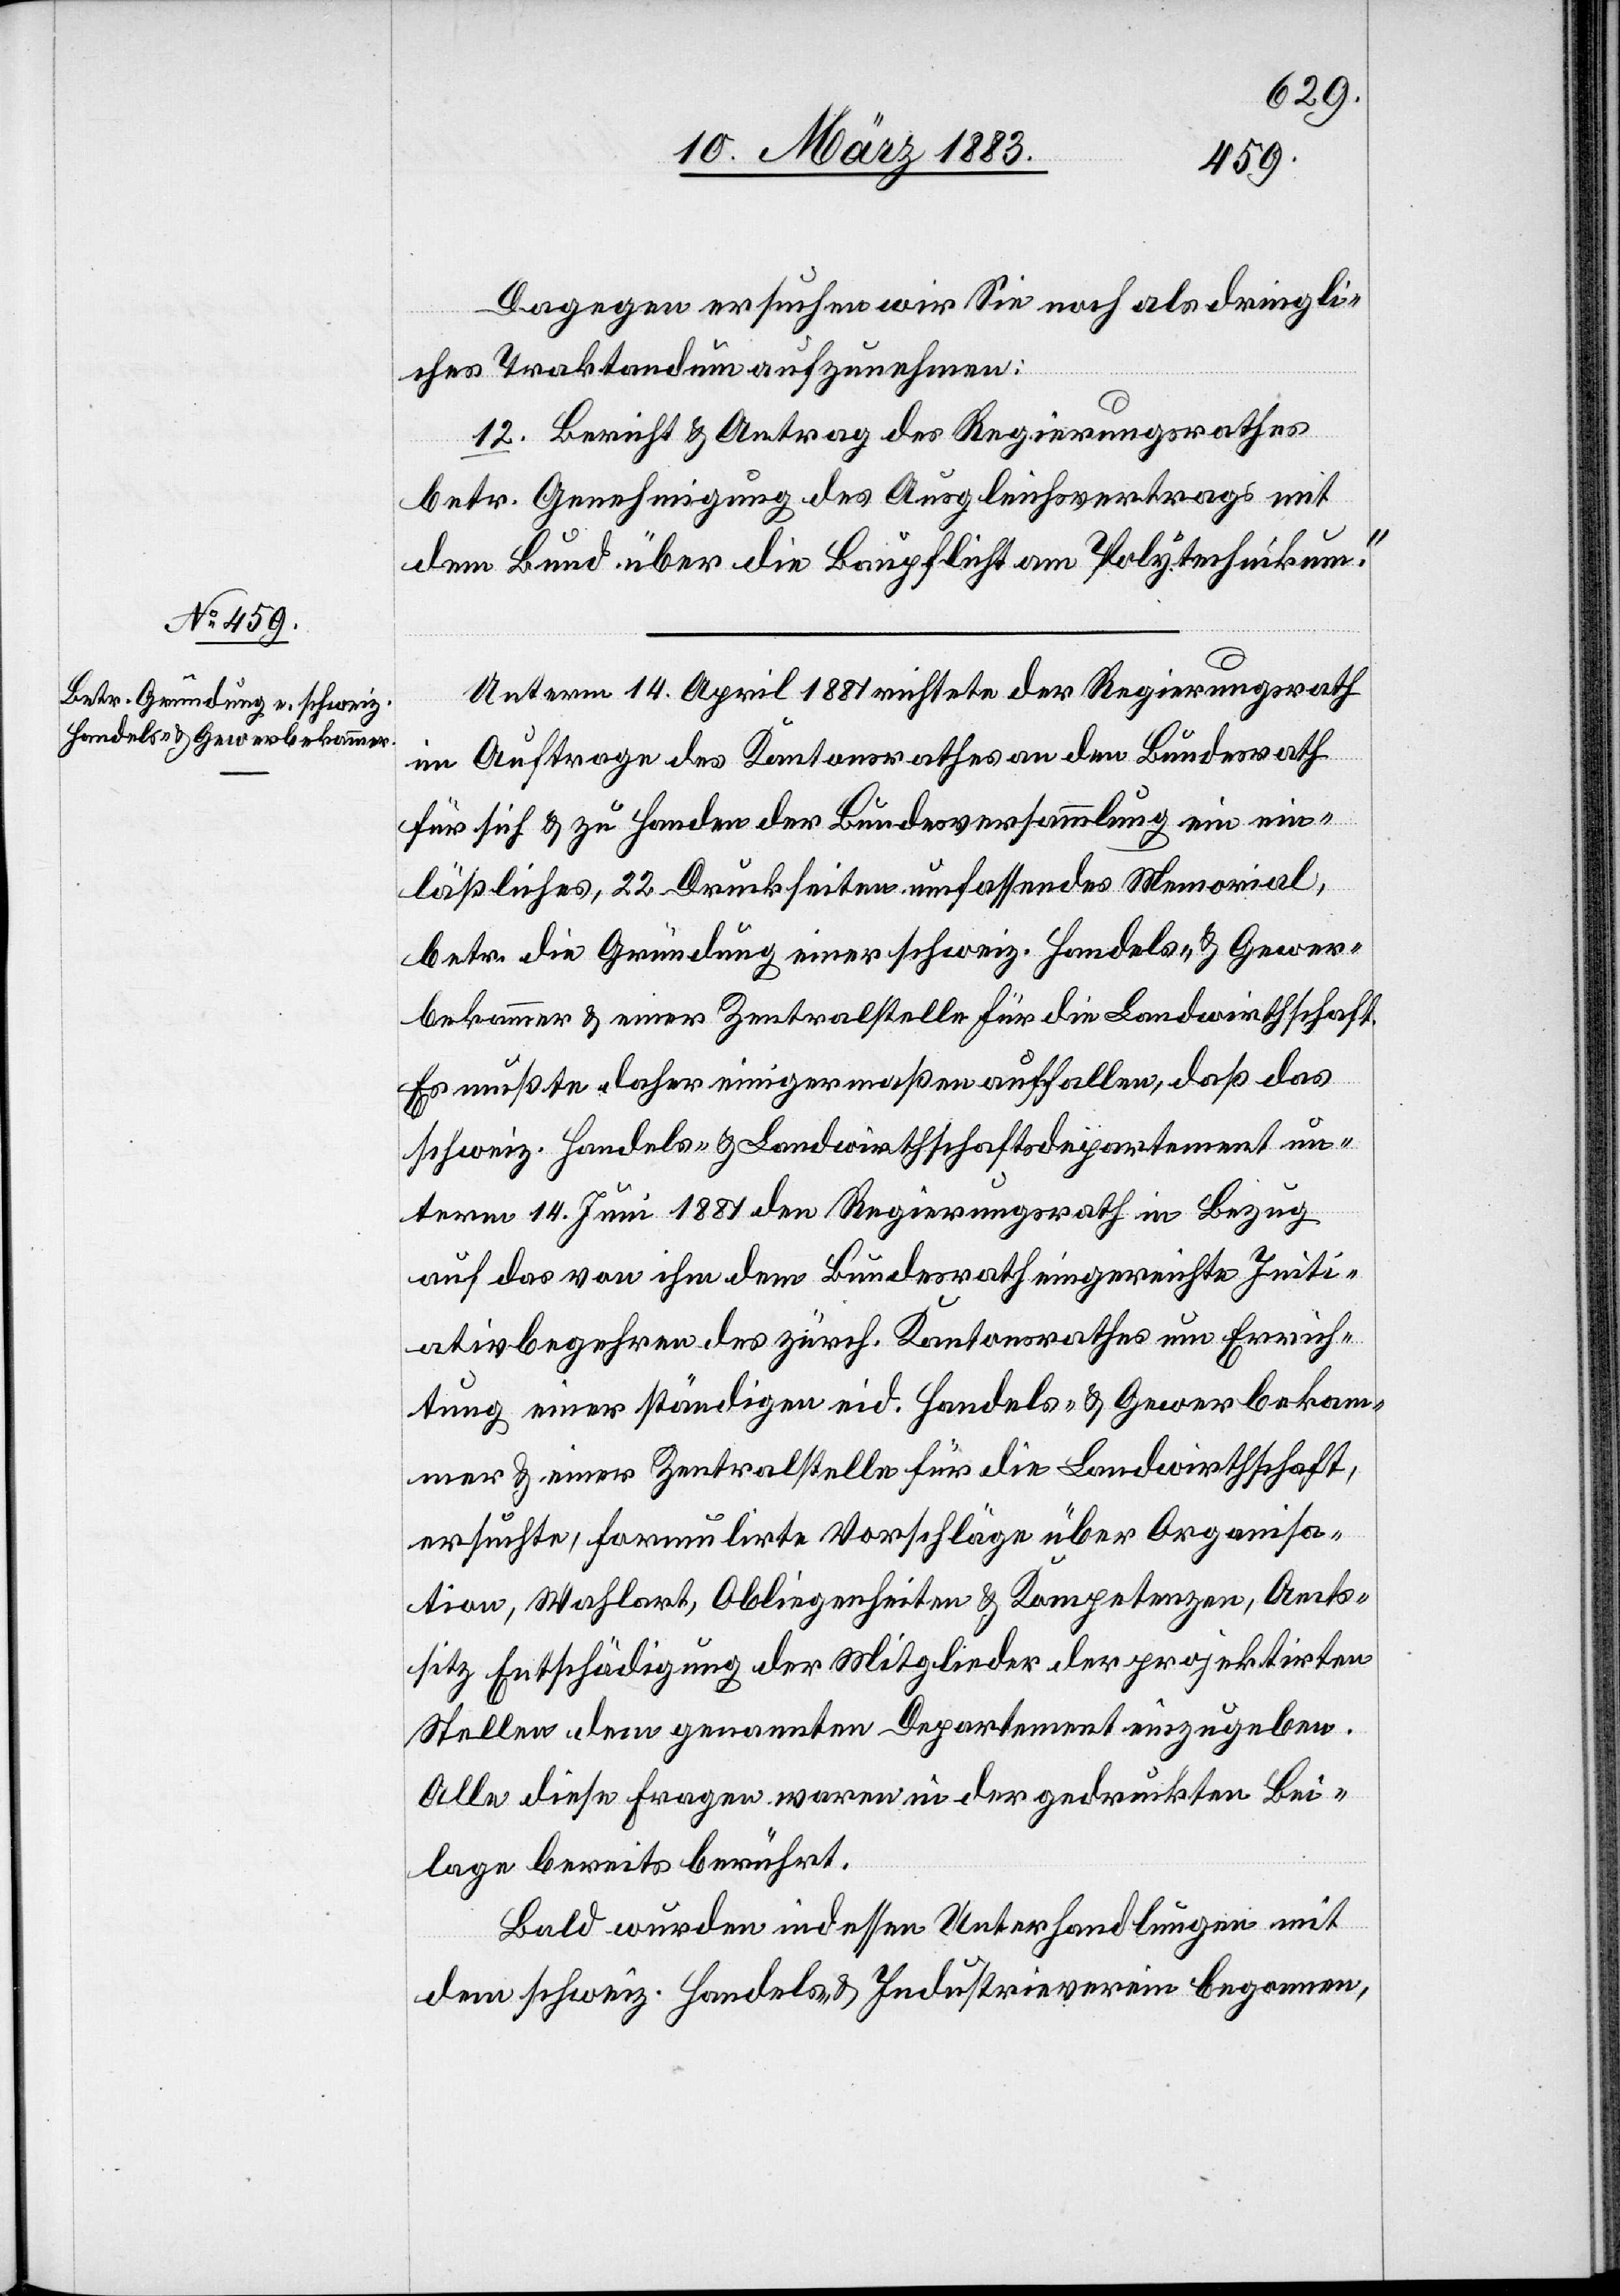
Kredit
dem